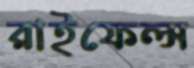
রাইফেল্স